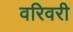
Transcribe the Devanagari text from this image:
वरिवरी